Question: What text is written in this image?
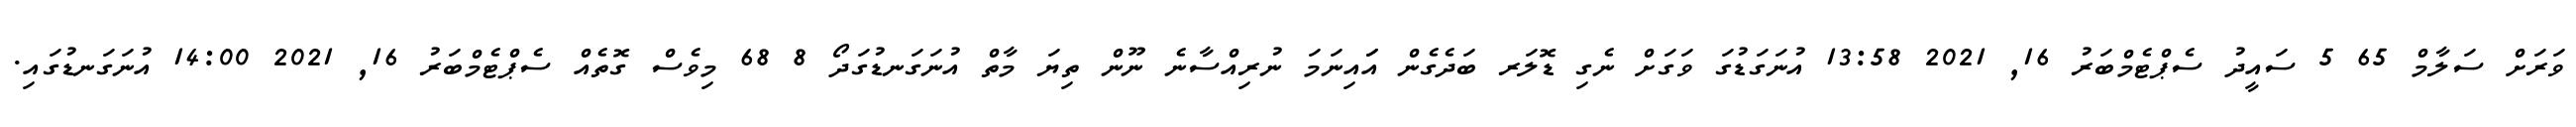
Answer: ވަރަށް ސަލާމް 65 5 ސައީދު ސެޕްޓެމްބަރު 16, 2021 13:58 އުނަގަޑުގަ ވަގަށް ނެގި ޑޮލަރ ބަދެގެން އަައިނަމަ ނުރިއްސާނެ ނޫން ތިޔަ މާތް އުނަގަނޑުގަދޯ 8 68 މިވެސް ގޮތެއް ސެޕްޓެމްބަރު 16, 2021 14:00 އުނަގަނޑުގައި.